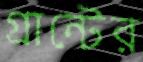
গ্রান্টের